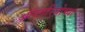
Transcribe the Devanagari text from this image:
ऑन्टारियोच्या